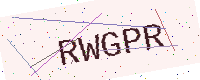
Text: RWGPR